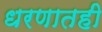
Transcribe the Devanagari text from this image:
धरणातही